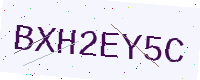
Text: BXH2EY5C